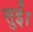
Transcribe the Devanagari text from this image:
सुई।